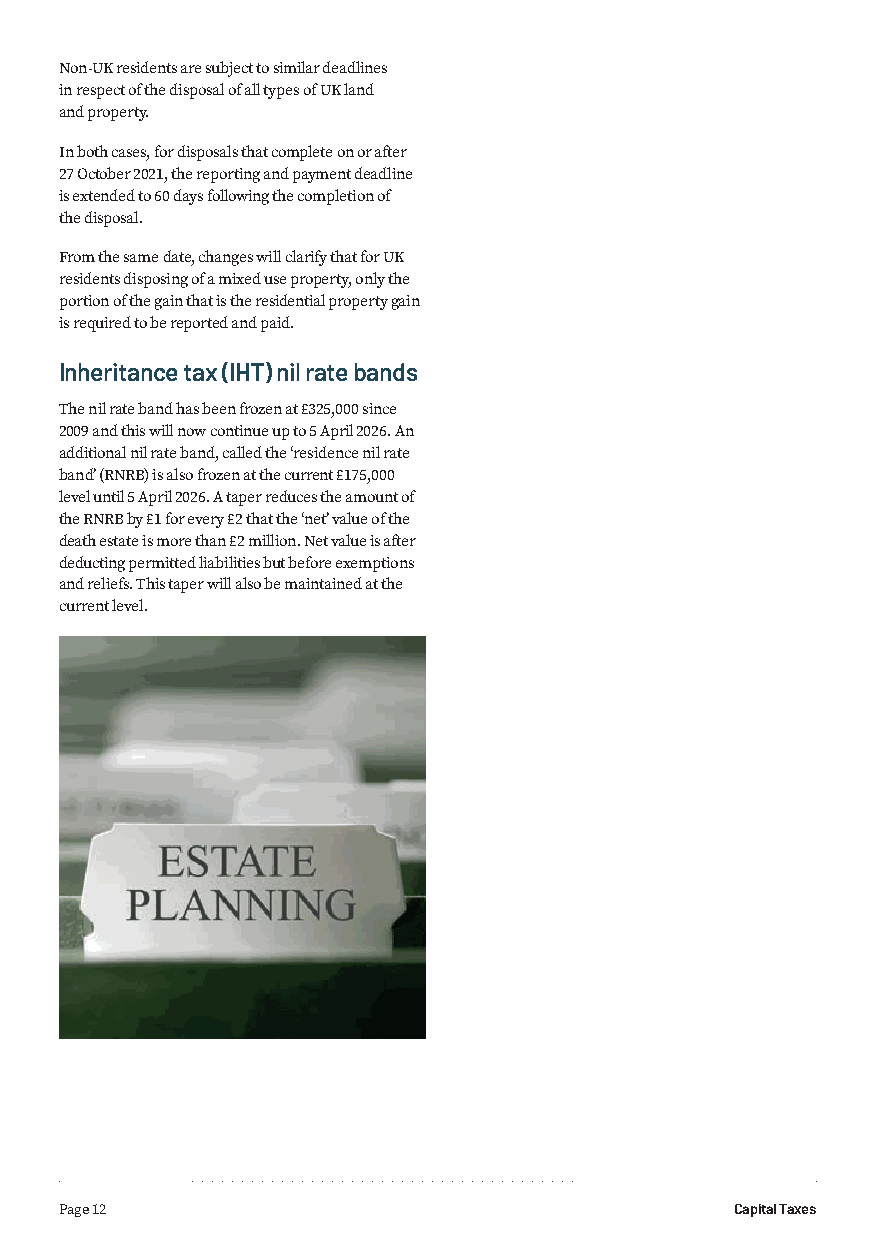
Non-UK residents are subject to similar deadlines
 in respect of the disposal of all types of UK land
 and property.
 In both cases, for disposals that complete on or after
 27 October 2021, the reporting and payment deadline
 is extended to 60 days following the completion of
 the disposal.
 From the same date, changes will clarify that for UK
 residents disposing of a mixed use property, only the
 portion of the gain that is the residential property gain
 is required to be reported and paid.
 Inheritance tax (IHT) nil rate bands
 The nil rate band has been frozen at £325,000 since
 2009 and this will now continue up to 5 April 2026. An
 additional nil rate band, called the ‘residence nil rate
 band’ (RNRB) is also frozen at the current £175,000
 level until 5 April 2026. A taper reduces the amount of
 the RNRB by £1 for every £2 that the ‘net’ value of the
 death estate is more than £2 million. Net value is after
 deducting permitted liabilities but before exemptions
 and reliefs. This taper will also be maintained at the
 current level.
 Page 12                                      Capital Taxes